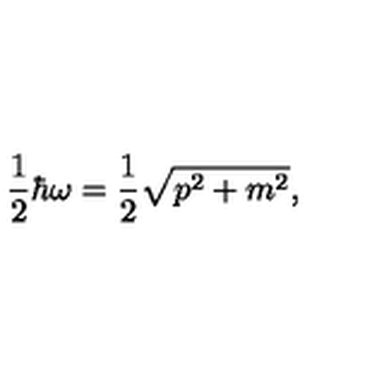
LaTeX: \frac { 1 } { 2 } \hbar \omega = \frac { 1 } { 2 } \sqrt { p ^ { 2 } + m ^ { 2 } } ,